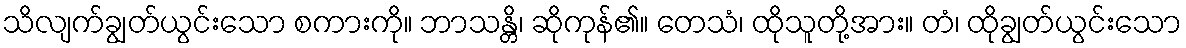
သိလျက်ချွတ်ယွင်းသော စကားကို။ ဘာသန္တိ၊ ဆိုကုန်၏။ တေသံ၊ ထိုသူတို့အား။ တံ၊ ထိုချွတ်ယွင်းသော